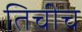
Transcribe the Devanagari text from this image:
तिचीच